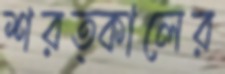
শরত্কালের